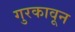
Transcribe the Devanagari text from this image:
गुरकावून